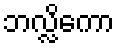
ဘလ္လိကော